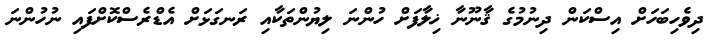
ދިވެހިބަހަށް އިސްކަން ދިނުމުގެ ޤާނޫނާ ޚިލާފަށް ހުންނަ ލިޔުންތަކާއި ރަނގަޅަށް އެޑްރެސްކޮށްފައި ނުހުންނަ